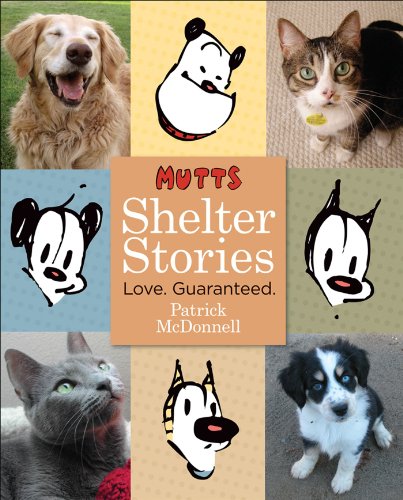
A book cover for Mutts Shelter Stories: Love. Guaranteed.; Patrick McDonnell; Crafts, Hobbies & Home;